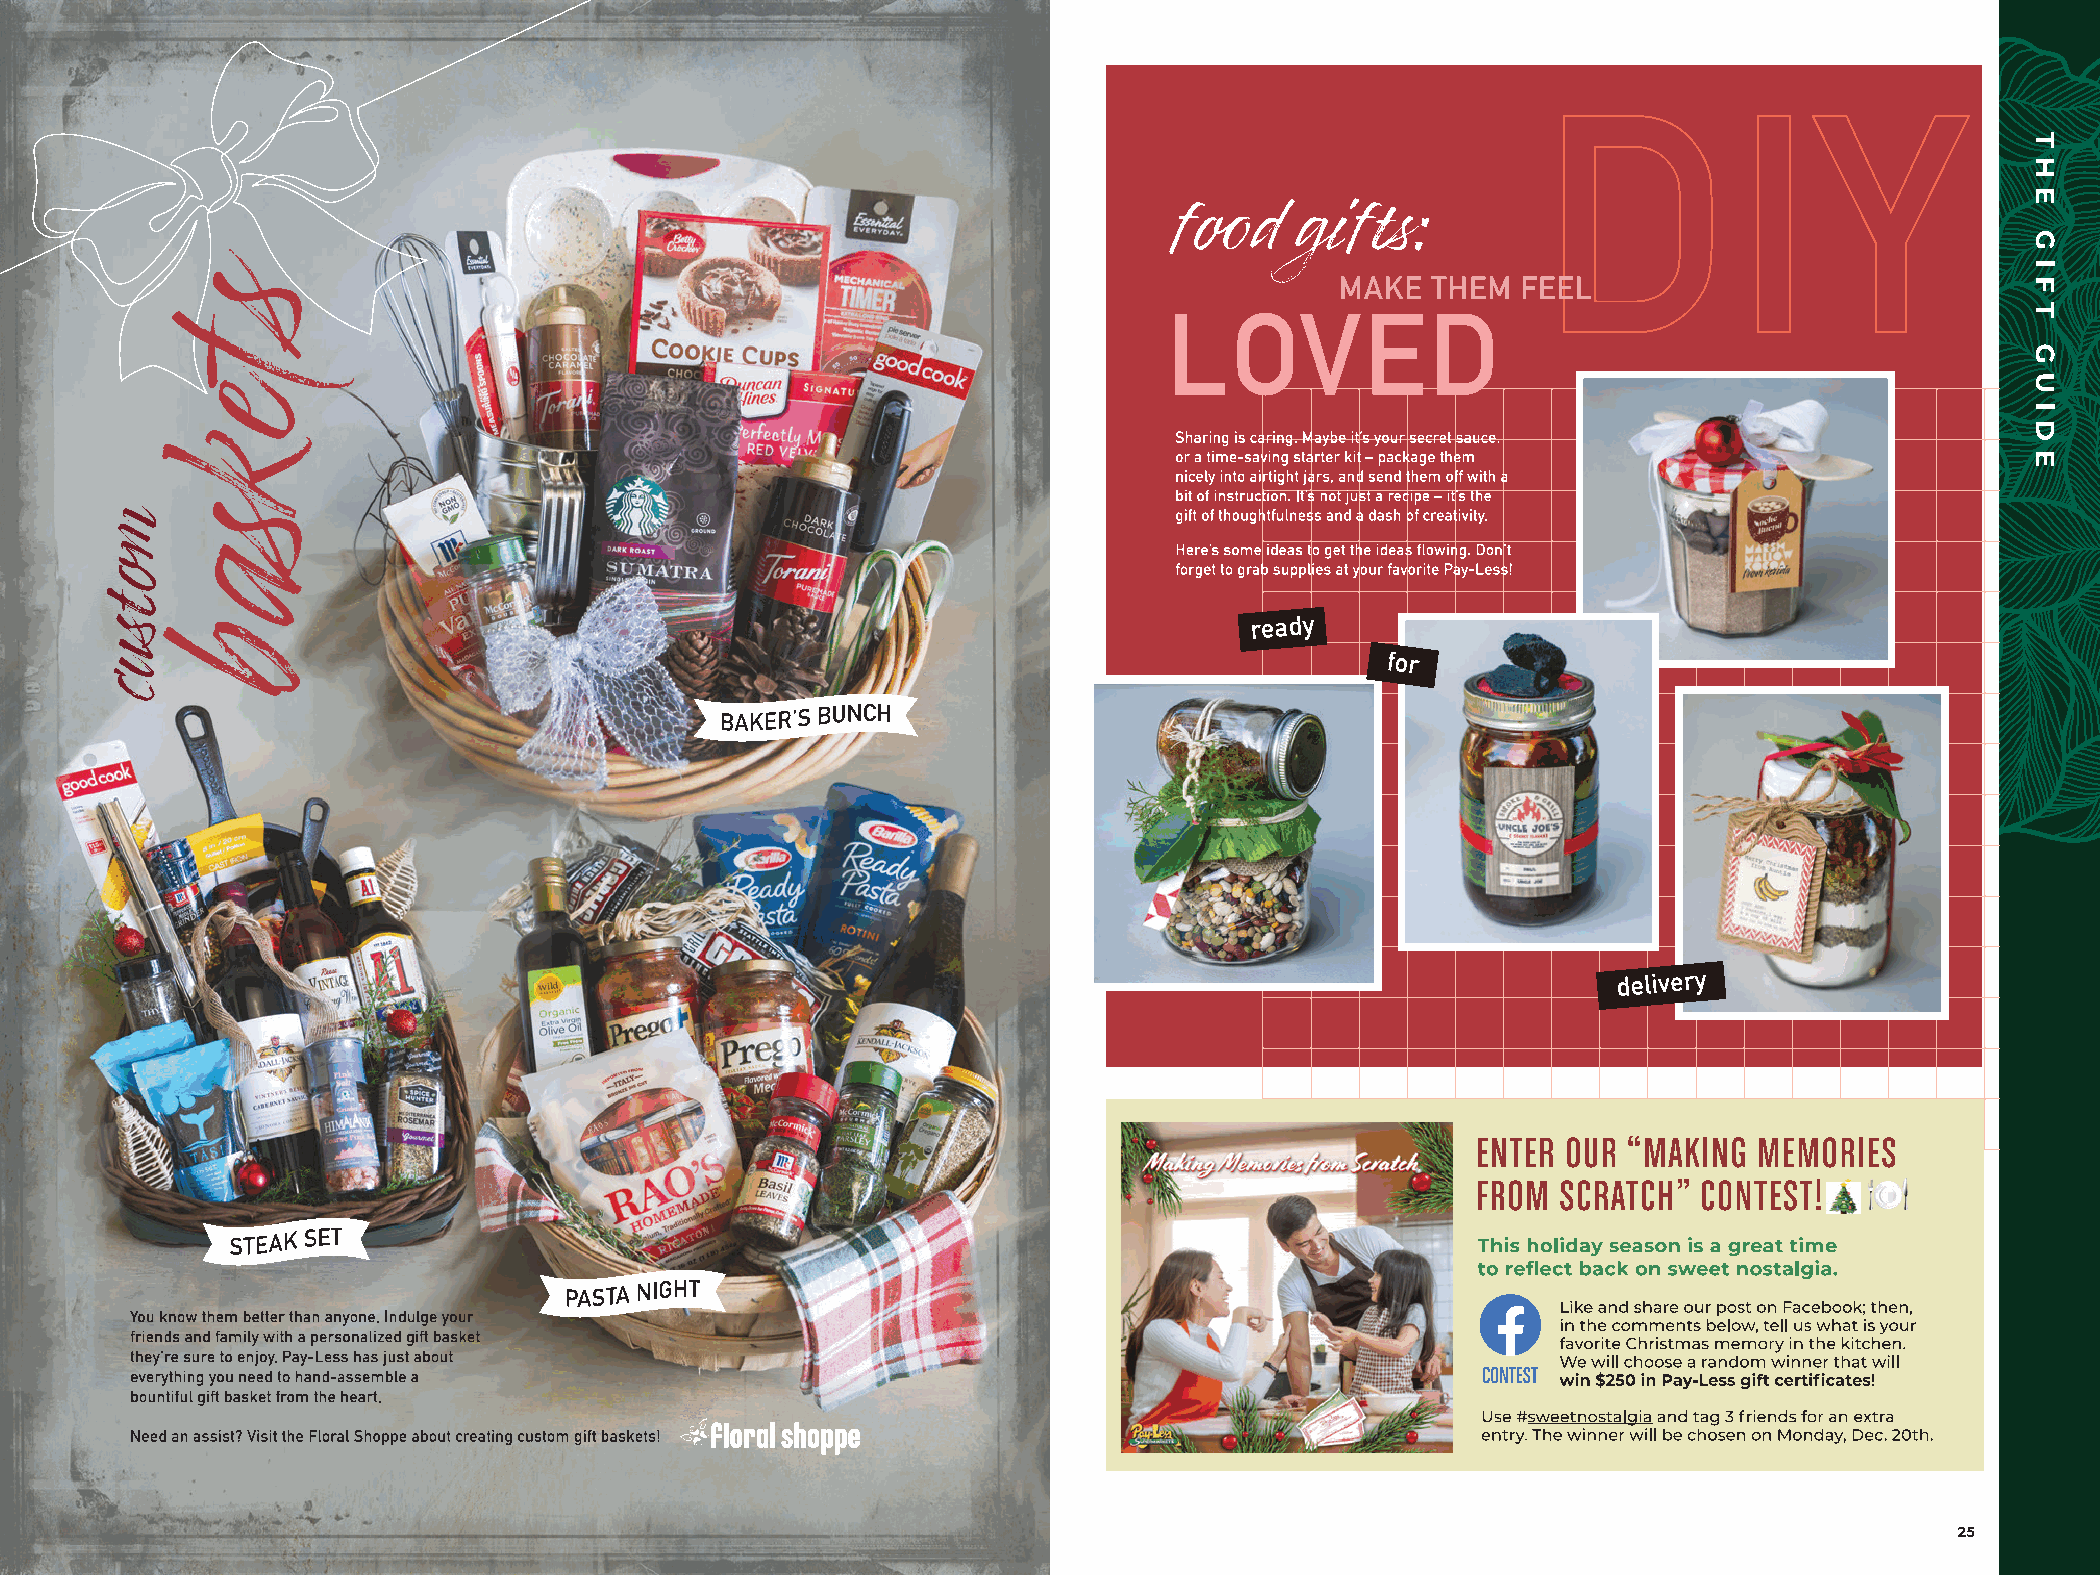
24 PAY-LESS SUPERMARKETS Making Memories from Scratch                                                                         25